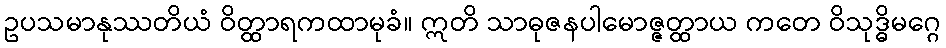
ဥပသမာနုဿတိယံ ဝိတ္ထာရကထာမုခံ။ ဣတိ သာဓုဇနပါမောဇ္ဇတ္ထာယ ကတေ ဝိသုဒ္ဓိမဂ္ဂေ